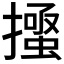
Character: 𭢰